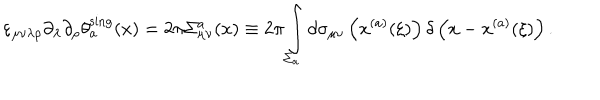
LaTeX: \varepsilon _ { \mu \nu \lambda \rho } \partial _ { \lambda } \partial _ { \rho } \theta _ { a } ^ { \mathrm { s i n g } } ( x ) = 2 \pi \Sigma _ { \mu \nu } ^ { a } ( x ) \equiv 2 \pi \int _ { \Sigma _ { a } } ^ { } d \sigma _ { \mu \nu } \left( x ^ { ( a ) } ( \xi ) \right) \delta \left( x - x ^ { ( a ) } ( \xi ) \right) .